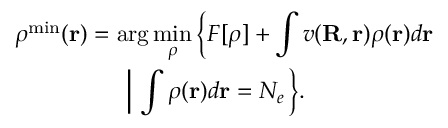
\begin{array} { l } { { \displaystyle { \boldsymbol \rho } ^ { \mathrm { m i n } } ( { \bf r } ) = \arg \operatorname* { m i n } _ { { \boldsymbol \rho } } \left\{ F [ { \boldsymbol \rho } ] + \int v ( { \bf R , r } ) \rho ( { \bf r } ) d { \bf r } \right. } \ ~ } \\ { { \displaystyle ~ ~ ~ ~ ~ ~ ~ ~ ~ ~ ~ ~ ~ ~ \left. \left\vert ~ \int \rho ( { \bf r } ) d { \bf r } = N _ { e } \right. \right\} } . } \end{array}